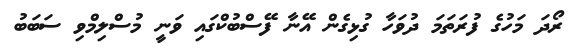
ރޯދަ މަހުގެ ފުރަތަމަ ދުވަހާ ގުޅިގެން އޭނާ ފޭސްބުކްގައި ވަނީ މުސްލިމްވި ސަބަބު